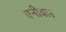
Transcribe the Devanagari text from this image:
एनीबल